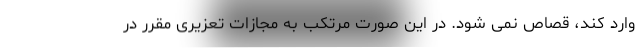
وارد کند، قصاص نمی شود. در این صورت مرتکب به مجازات تعزیری مقرر در